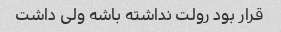
قرار بود رولت نداشته باشه ولی داشت